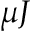
\mu J